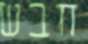
חבש